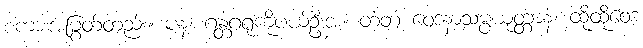
စကားအမြွတ်တည်း။ ပန၊ ဂန္တဂရုကိုပယ်ဦးအံ့။ တံတံ ဝေဒနာသမ္ပယုတ္တာနံ၊ ထိုထိုဝေဒ